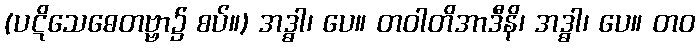
(ပဋိသေဓေတဗ္ဗာ၌ စပ်။) အဒ္ဓါ၊ ပေ။ တဝါတိအာဒီနိ၊ အဒ္ဓါ၊ ပေ။ တဝ